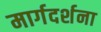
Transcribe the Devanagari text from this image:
मार्गदर्शना